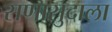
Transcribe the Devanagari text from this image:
सणासुदाला